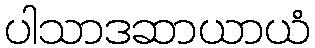
ပါသာဒဆာယာယံ